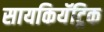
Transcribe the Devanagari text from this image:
सायकियॅट्रिक